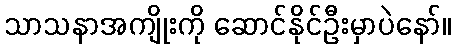
သာသနာအကျိုးကို ဆောင်နိုင်ဦးမှာပဲနော်။